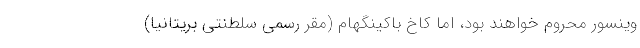
وینسور محروم خواهند بود، اما کاخ باکینگهام (مقر رسمی سلطنتی بریتانیا)